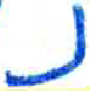
אות: נ